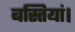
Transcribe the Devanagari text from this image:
बस्तियां।